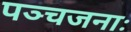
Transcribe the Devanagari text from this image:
पञ्चजनाः